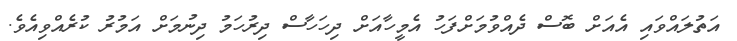
އަތުލައްވައި އެއަށް ބޮސް ދެއްވުމަށްފަހު އެމީހާއަށް ދިހަހާސް ދިރުހަމު ދިނުމަށް އަމުރު ކުރެއްވިއެވެ.